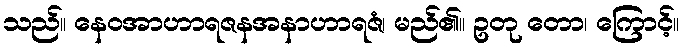
သည်။ နေဝအာဟာရဇနအနာဟာရဇံ၊ မည်၏။ ဥတု တော၊ ကြောင့်။